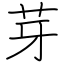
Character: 芽